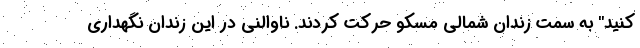
کنید" به سمت زندان شمالی مسکو حرکت کردند. ناوالنی در این زندان نگهداری